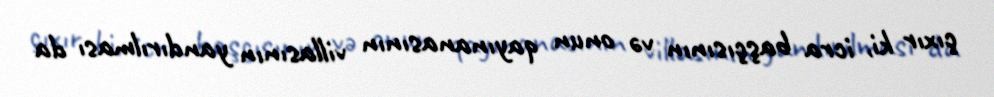
çıxır ki, icra başçısının və onun qayınanasının villasının yandırılması da